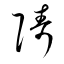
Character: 陦